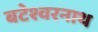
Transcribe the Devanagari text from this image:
बटेश्वरनाथ